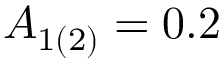
A _ { 1 ( 2 ) } = 0 . 2